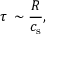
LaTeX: \tau \, \sim { \frac { R } { c _ { \mathrm { s } } } } ,